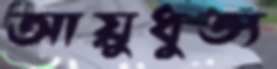
আয়ুধুত্য